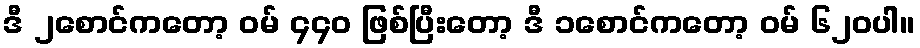
ဒီ ၂စောင်ကတော့ ဝမ် ၄၄၀ ဖြစ်ပြီးတော့ ဒီ ၁စောင်ကတော့ ဝမ် ၆၂၀ပါ။